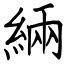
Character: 緉